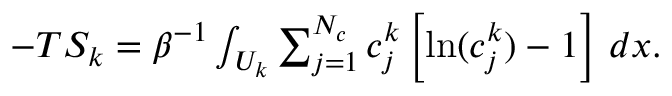
\begin{array} { r } { - T S _ { k } = \beta ^ { - 1 } \int _ { U _ { k } } \sum _ { j = 1 } ^ { N _ { c } } c _ { j } ^ { k } \left[ \ln ( c _ { j } ^ { k } ) - 1 \right] \, d x . } \end{array}